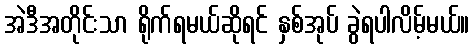
အဲဒီအတိုင်းသာ ရိုက်ရမယ်ဆိုရင် နှစ်အုပ် ခွဲရပါလိမ့်မယ်။